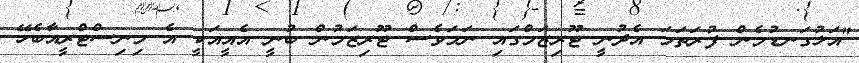
"އަޅުގަނޑުމެން ފުރަތަމަ އެދުނީ ޓޫރިޒަމްގައި ނަމަވެސް ޓޫރިޒަމުން ބުނީ އެއީއަކީ އެ މިނިސްޓްރީއާބެހޭ